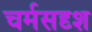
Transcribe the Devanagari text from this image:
चर्मसदृश